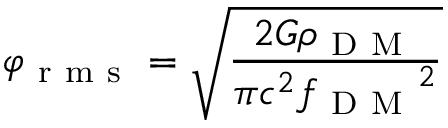
\varphi _ { \mathrm { ~ r ~ m ~ s ~ } } = \sqrt { \frac { 2 G \rho _ { \mathrm { ~ D ~ M ~ } } } { \pi c ^ { 2 } { f _ { \mathrm { ~ D ~ M ~ } } } ^ { 2 } } }